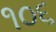
૧૦૬